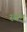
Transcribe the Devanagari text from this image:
स्वभू